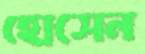
হোসেন